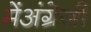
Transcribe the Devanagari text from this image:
मेंअंग्रेजी